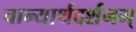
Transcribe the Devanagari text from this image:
चान्यार्थदर्शनम्